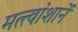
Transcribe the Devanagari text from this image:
मत्त्वांशानें